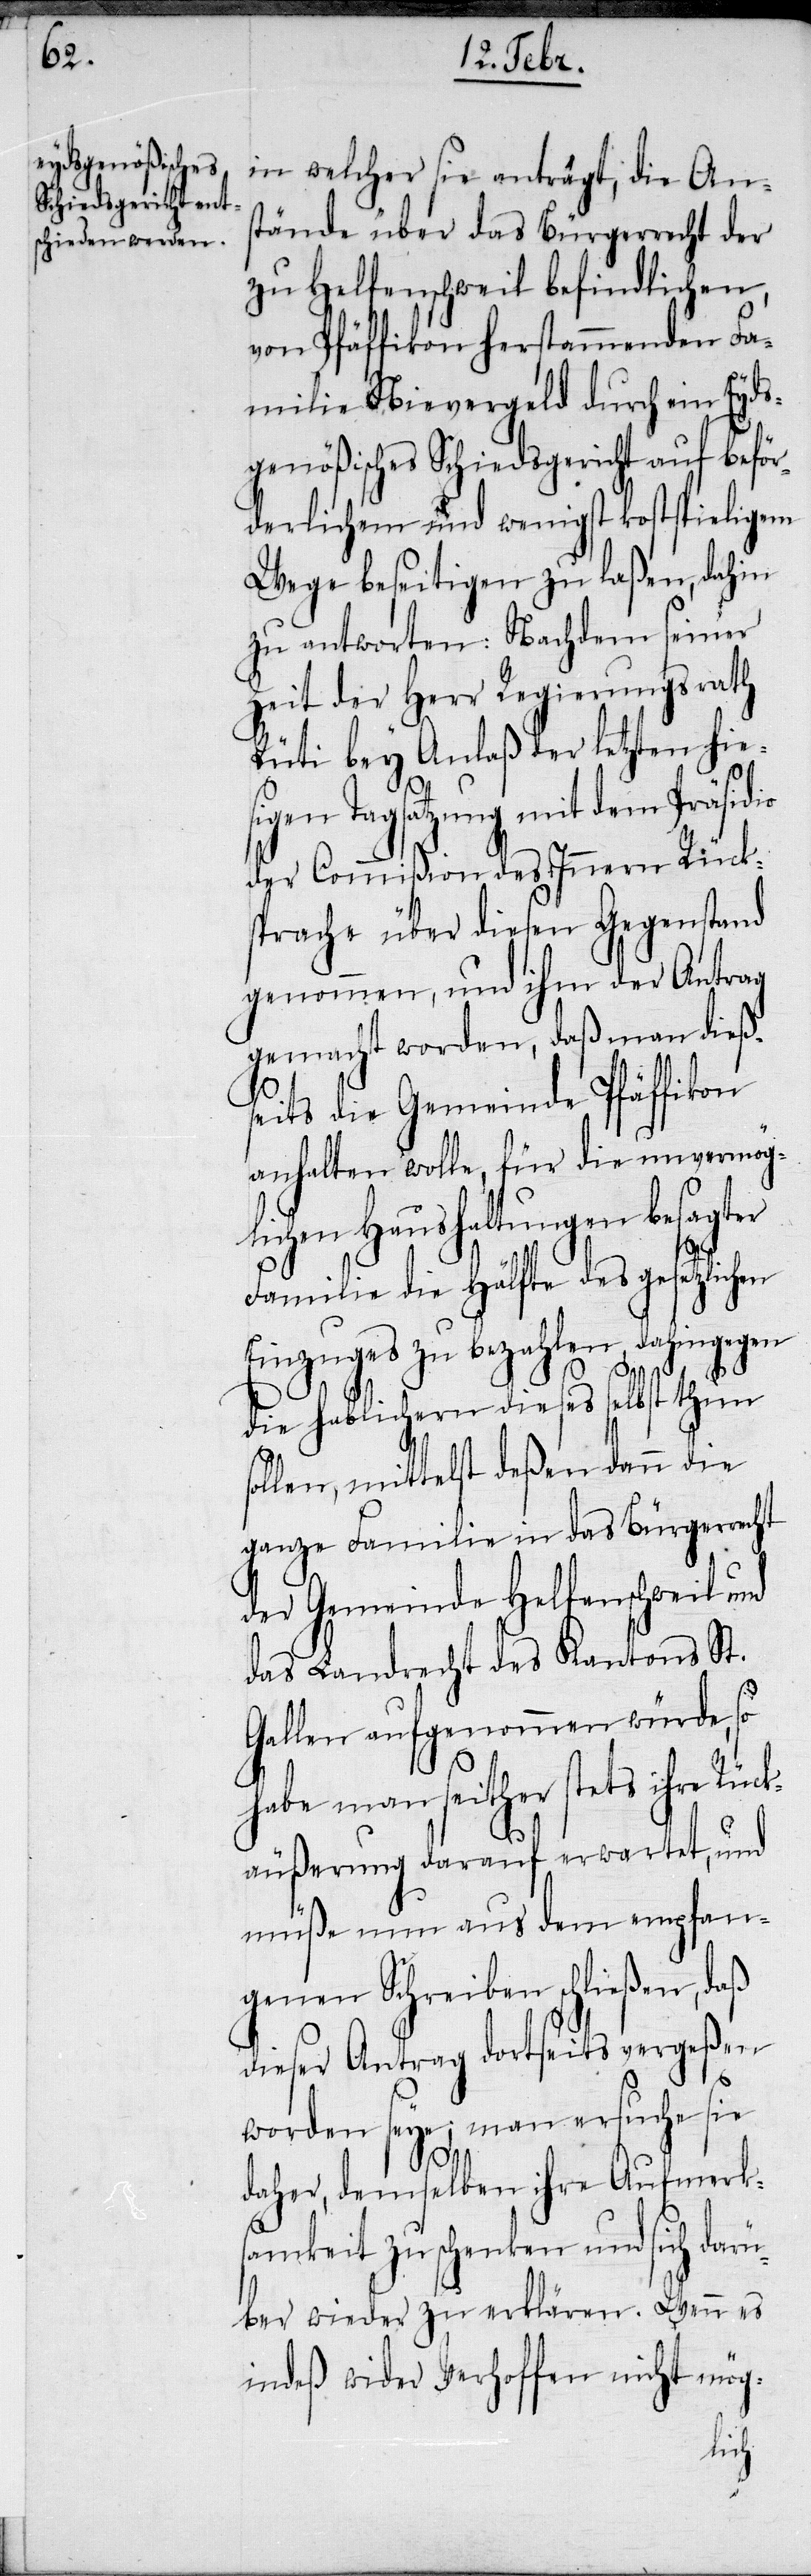
in welcher sie anträgt, die An¬
stände über das Bürgerrecht der
zu Helfenschweil befindlichen,
von Pfäffikon herstammenden Fa¬
milie Nievergeld durch ein Eyds¬
genößisches Schiedsgericht auf beför¬
derlichem und wenigst kostspieligem
Wege beseitigen zu laßen, dahin
zu antworten: Nachdem seiner
Zeit der Herr Regierungsrath
Rüti bey Anlaß der letzten hie¬
sigen Tagsatzung mit dem Präsi¬
der Commißion des Innern Rück¬
sprache über diesen Gegenstand
genommen, und ihm der Antrag
gemacht worden, daß man dieß¬
seits die Gemeinde Pfäffikon
anhalten wolle, für die unvermögl¬
ichen Haushaltungen besagt¬
Familie die Hälfte des gesetzlichen
Einzuges zu bezahlen, dahingegen
die hablichern dieses selbst thun
sollen, mittelst deßen dann die
ganze Familie in das Bürgerrecht
der Gemeinde Helfenschweil und
das Landrecht des Kantons St.
Gallen aufgenommen würde, so
habe man seither stets ihre Rüc¬
käußerung darauf erwartet, und
müße nun aus dem empfan¬
genen Schreiben schließen, daß
dieser Antrag dortseits vergeßen
worden seye; man ersuche sie
er
daher, demselben ihre Aufmerk¬
samkeit zu schenken und sich darü¬
ber wieder zu erklären. Wenn es
indeß wider Verhoffen nicht mög-